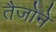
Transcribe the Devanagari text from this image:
तैजोने